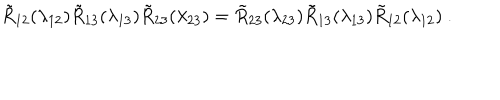
\tilde { R } _ { 1 2 } ( \lambda _ { 1 2 } ) \tilde { R } _ { 1 3 } ( \lambda _ { 1 3 } ) \tilde { R } _ { 2 3 } ( \lambda _ { 2 3 } ) = \tilde { R } _ { 2 3 } ( \lambda _ { 2 3 } ) \tilde { R } _ { 1 3 } ( \lambda _ { 1 3 } ) \tilde { R } _ { 1 2 } ( \lambda _ { 1 2 } ) \ .